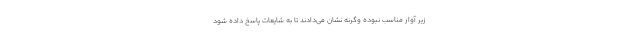
زیر آوار مناسب نبوده وگرنه نشان می‌دادند تا به شایعات پاسخ داده شود